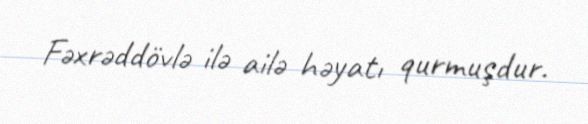
Fəxrəddövlə ilə ailə həyatı qurmuşdur.